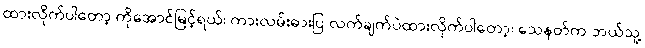
ထားလိုက်ပါတော့ ကိုအောင်မြင့်ရယ်၊ ကားလမ်းဓားပြ လက်ချက်ပဲထားလိုက်ပါတော့၊ သေနတ်က ဘယ်သူ့